Annual report of the Central Committee of the Association together with the report of the directors of the Pasteur Institute at Kasauli
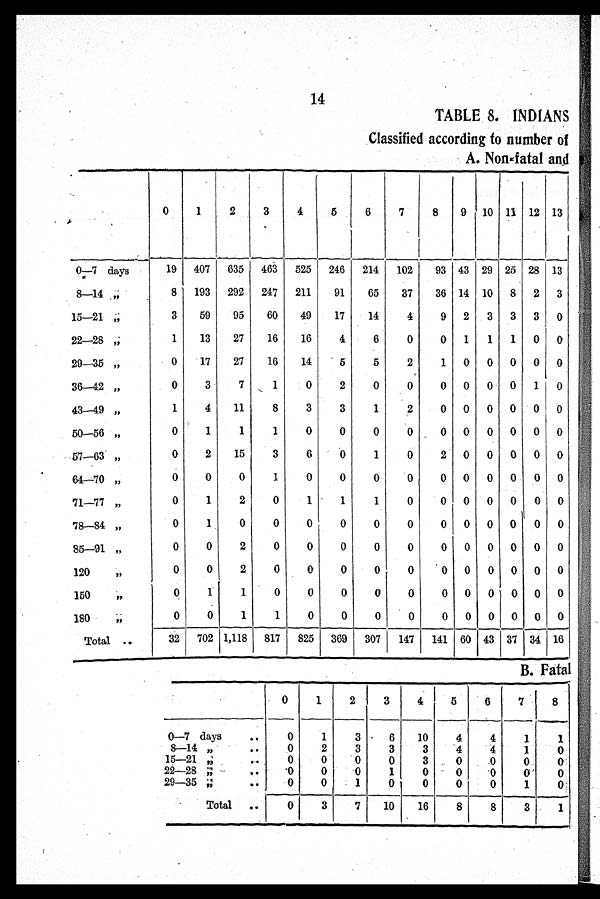
14
TABLE 8. INDIANS
Classified according to number of
A. Non-fatal and
0 1
2
3
4
5
6
7
8
9 10 11 12 13
0—7 days
19 407 635 463
525 246 214 102
93 43 29 25 28 13
8—14 ;;
8 193 292 247 211
91
65
37
36 14 10 8 2 3
15—21 ;;
3
59
95
60
49
17
14
4
9 2
3 3 3 0
22—28 ,;
1
13
27
16
16
4
6
0
0 1
1
1 0 0
29—35 "
0
17
27
16
14
5
5
2
1 0 0 0 0 0
36—42 "
0
3
7
1
0
2
0
0
0 0 0 0
1 0
43—49 "
1
4
11
8
3
3
1
2
0 0 0 0 0 0
50—56 "
0
1
1
1
0
0
0
0
0 0 0 0 0 0
57—63 "
0
2
15
3
6
0
1
0
2 0 0 0 0 0
64—70 "
0
0
0
1
0
0
0
0
0 0 0 0 0 0
71—77 "
0
1
2
0
1
1
1
0
0 0 0 0
0 0
78—84 "
0
1
0
0
0
0
0
0
0 0 0 0
0 0
85—91 "
0
0
2
0
0
0
0
0
0 0 0 0 0 0
120
"
0
0
2
0
0
0
0
0
0 0 0 0 0 0
150
"
0
1
1
0
0
0
0
0
0 0 0 0 0 0
180
;;
0
0
1
1
0
0
0
0
0 0 0 0 0 0
Total ..
32
702 1,118 817 825 369 307
147 141 60 43 37 34 16
B. Fatal
0
1
2
3
4
5
6
7
8
0—7 days
..
0
1
3
6
10
4
4
1
1
8—14 " ..
0
2
3
3
3
4
4
1
0
15—21 ,;
..
0
0
0
0
3
0
0
0
0
22—28 ;;
..
'0
0
0
1
0
0
0
0
0
29—35 ;;
..
0
0
1
0
0
0
0
1
0
Total ..
0
3
7
10
16
8
8
3
1